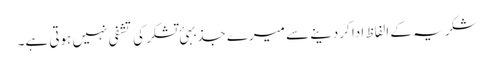
شکریہ کے الفاظ ادا کردینے سے میرے جذبہئ تشکر کی تشفی نہیں ہوتی ہے۔